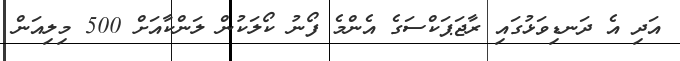
އަދި އެ ދަނޑިވަޅުގައި ރާޖަޕަކްސަގެ އެންމެ ފޯނު ކޯލަކުން ލަންކާއަށް 500 މިލިއަން